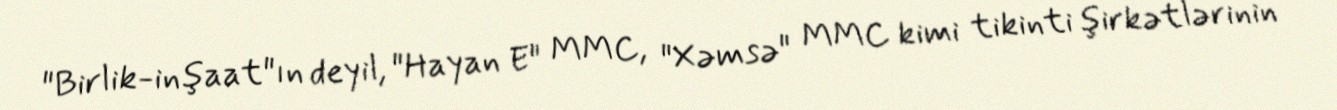
"Birlik-inşaat"ın deyil, "Hayan E" MMC, "Xəmsə" MMC kimi tikinti şirkətlərinin